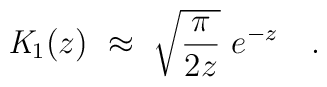
{\mathit {K}}_{1}(z)~ \approx ~\sqrt {\frac {\pi}{2z}} ~ e^{-z} ~~~.